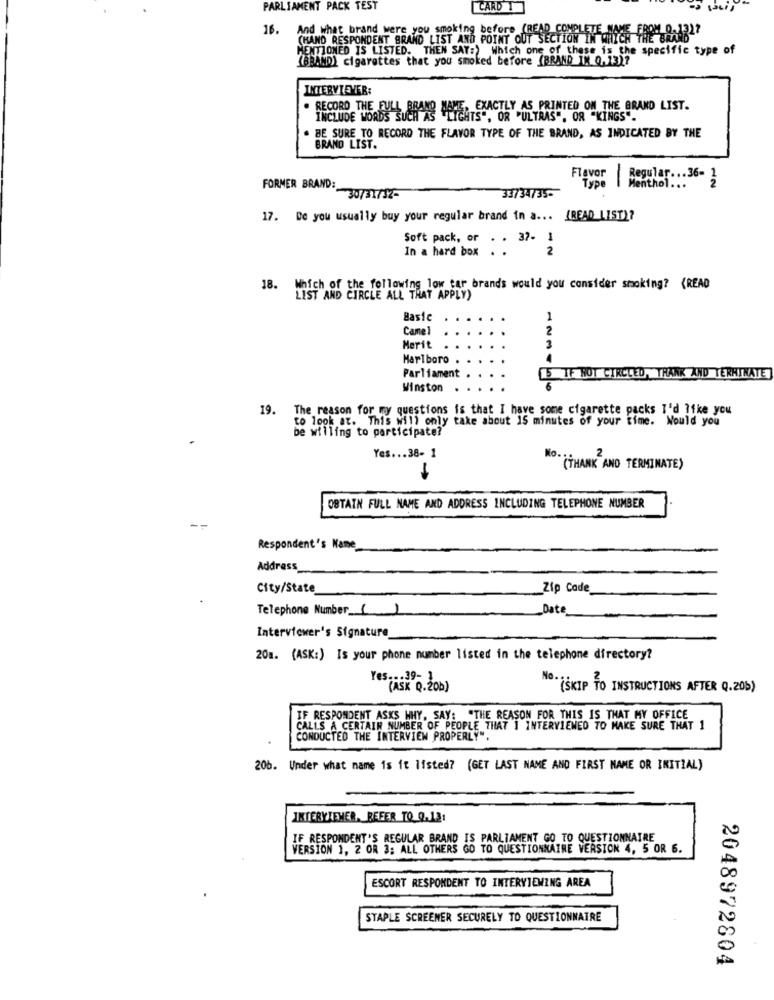
PARLIAMENT PACK TEST
CARD 1
16.
(HAND RESPONDENT BRAND LIST AND POINT OUT SECTION IN WHICH FRE RAJB)?
MENTIONED IS LISTED. THEN SAY:) Which one of these is the specific type of
(BBAMD) cigarettes that you smoked before (BRAND 1. 0.13)7
INTERVIEWER:
RECORD THE FULL BRAND NAME, EXACTLY AS PRINTED ON THE BRAND LIST.
INCLUDE WORDS SUCH AS "LIGHTS", OR "ULTRAS", OR "KINGS".
. BE SURE TO RECORD THE FLAVOR TYPE OF THE BRAND, AS INDICATED BY THE
BRAND LIST.
Flavor
Regular ... 36- 1
33734735-
Type
-
Menthol ...
FORMER BRAND :- 30731752-
17. De you usually buy your regular brand in a ... [READ LIST)?
Soft pack, or . . 37- 1
In a hard box
2
18. Which of the following low tar brands would you consider smoking? (READ
Basie
1
Camel
2
Merit
3
Marlboro
Parliament
[5 IF HOT CIRCLED, THANK AND TERMINATE
Winston
19. The reason for my questions is that I have some cigarette packs I'd like you
to look at. This will only take about 15 minutes of your time. Would you
be willing to participate?
Yes ... 38- 1
"(THANK AND TERMINATE)
OBTAIN FULL NAME AND ADDRESS INCLUDING TELEPHONE NUMBER
Respondent's Name
Address_
City/State
Zip Code
Telephone Number ()
Date
Interviewer's Signature
20m. (ASK:) Is your phone number listed in the telephone directory?
Yes ... 39- 1
(ASK Q.20b)
No. (SKIP TO INSTRUCTIONS AFTER Q.20b)
IF RESPONDENT ASKS WHY, SAY: "THE REASON FOR THIS IS THAT MY OFFICE
CALLS A CERTAIN NUMBER OF PEOPLE THAT I INTERVIEWED TO MAKE SURE THAT 1
CONDUCTED THE INTERVIEW PROPERLY".
206. Under what name is it listed? (GET LAST NAME AND FIRST NAME OR INITIAL)
IKTERYJENER, REFER TO_Q.13:
IF RESPONDENT'S REGULAR BRAND IS PARLIAMENT GO TO QUESTIONNAIRE
VERSION 1, 2 OR 3; ALL OTHERS GO TO QUESTIONNAIRE VERSION 4, 5 OR 6.
ESCORT RESPONDENT TO INTERVIEWING AREA
STAPLE SCREENER SECURELY TO QUESTIONNAIRE
2048972804